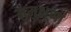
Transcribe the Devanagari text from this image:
मुमुक्षूणां